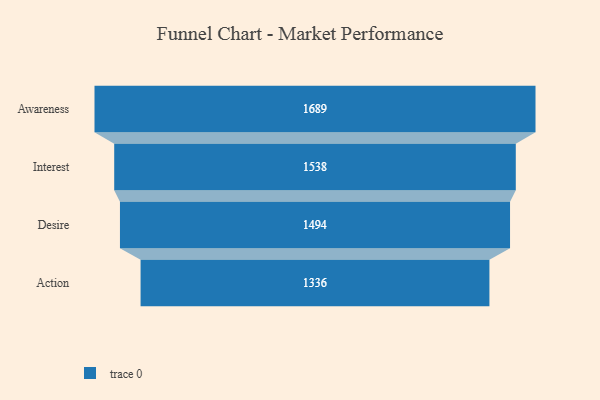
{"axis": {"x": "Stage", "y": "Value"}, "legend": [""], "data": [{"x": "Awareness", "y": 1689.0, "type": ""}, {"x": "Interest", "y": 1538.0, "type": ""}, {"x": "Desire", "y": 1494.0, "type": ""}, {"x": "Action", "y": 1336.0, "type": ""}]}